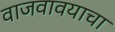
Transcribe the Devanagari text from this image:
वाजवावयाचा